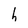
Character: h